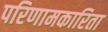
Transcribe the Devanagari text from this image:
परिणामकारिता